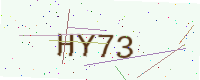
Text: HY73